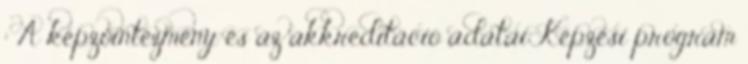
: A képzőintézmény és az akkreditáció adatai Képzési program